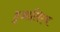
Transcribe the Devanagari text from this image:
हुआलिएन